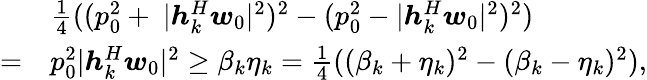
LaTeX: \begin{array}{rl}&{\frac 14((p_{0}^{2}+\ |\boldsymbol h_{k}^{H}\boldsymbol w_{0}|^{2})^{2}-(p_{0}^{2}-|\boldsymbol h_{k}^{H}\boldsymbol w_{0}|^{2})^{2})}\\ {=}&{p_{0}^{2}|\boldsymbol h_{k}^{H}\boldsymbol w_{0}|^{2}\geq\beta_{k}\eta_{k}=\frac 14((\beta_{k}+\eta_{k})^{2}-(\beta_{k}-\eta_{k})^{2}),}\end{array}